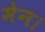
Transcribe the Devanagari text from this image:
मेन।